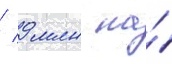
/ 9 млн на́